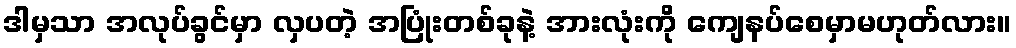
ဒါမှသာ အလုပ်ခွင်မှာ လှပတဲ့ အပြုံးတစ်ခုနဲ့ အားလုံးကို ကျေနပ်စေမှာမဟုတ်လား။